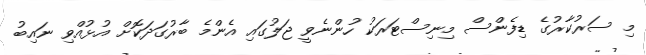
މި ސަރުކާރުގެ ޑިފެންސް މިނިސްޓަރަކު ހުންނެވީ ޖަލުގައި އެންމެ ބާރުގަދަކޮށް އުޅުއްވި ނައިބު